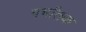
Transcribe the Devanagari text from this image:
गर्भांतक